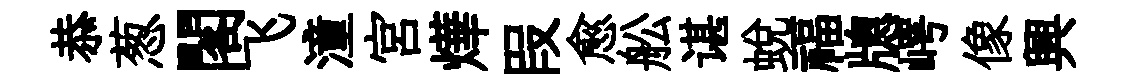
恭葱閣飞潼宫燁叚愈舩谌蜕福牕崿像興